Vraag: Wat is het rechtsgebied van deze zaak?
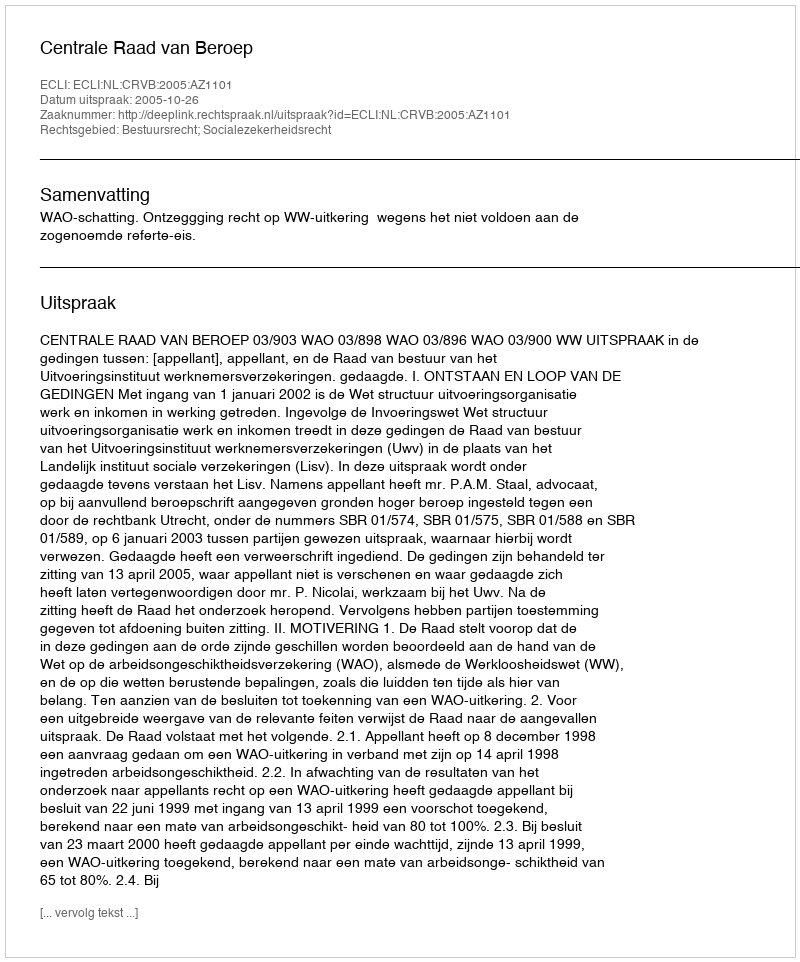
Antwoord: Bestuursrecht; Socialezekerheidsrecht